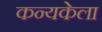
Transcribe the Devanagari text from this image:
कन्यकेला